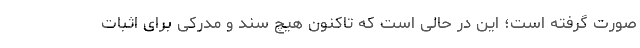
صورت گرفته است؛ این در حالی است که تاکنون هیچ سند و مدرکی برای اثبات